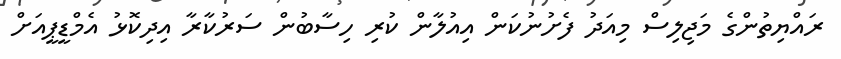
ރައްޔިތުންގެ މަޖިލިސް މިއަދު ފެށުނުކަން އިއުލާން ކުރި ހިސާބުން ސަރުކާރާ އިދިކޮޅު އެމްޑީޕީއަށް